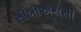
સીબીએસસી